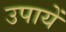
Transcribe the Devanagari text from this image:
उपायें